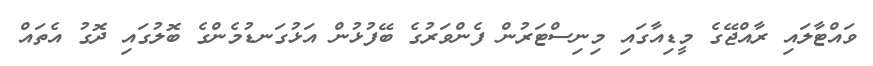
ވައްޓާލައި ރާއްޖޭގެ މީޑިއާގައި މިނިސްޓަރުން ފެންވަރުގެ ބޭފުޅުން އަޅުގަނޑުމެންގެ ބޮލުގައި ދޮގު އެތައް